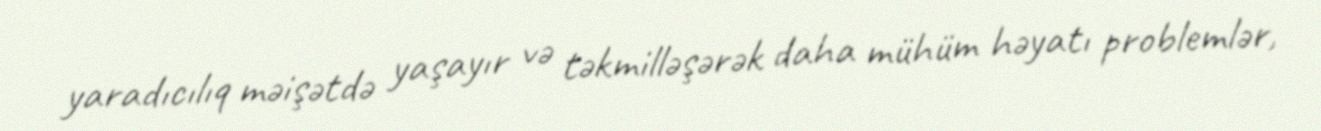
yaradıcılıq məişətdə yaşayır və təkmilləşərək daha mühüm həyatı problemlər,